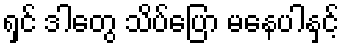
ရှင် ဒါတွေ သိပ်ပြော မနေပါနှင့်